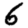
Digit: 6